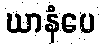
ဃာနံပေ